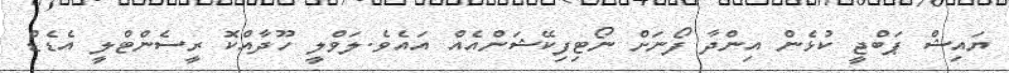
ޔައިޝް ޕަބްޖީ ކުޅެން އިންދާ ފޯނަށް ނޯޓިފިކޭޝަންއެއް އައެވެ.ލަވްލީ ހޫދާއްކޮ ރީސެންޓްލީ އެޑެޑް